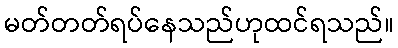
မတ်တတ်ရပ်နေသည်ဟုထင်ရသည်။